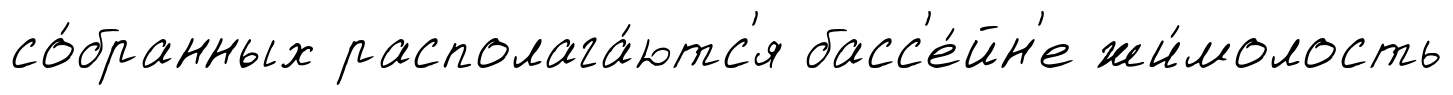
со́бранных располага́ютс'я басс'е́йн'е жи́молость